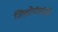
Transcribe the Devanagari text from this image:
सितोपंतांनी